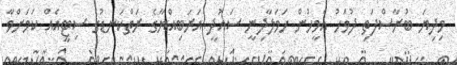
މިދިޔަ ބުރާސްފަތި ދުވަހު އެމީހުން ހަމަލާދިނީ ސައުދީ އަރަބިއްޔާގެ ރަތްކަނޑުގެ ސިޓީއެއް ކަމަށްވާ